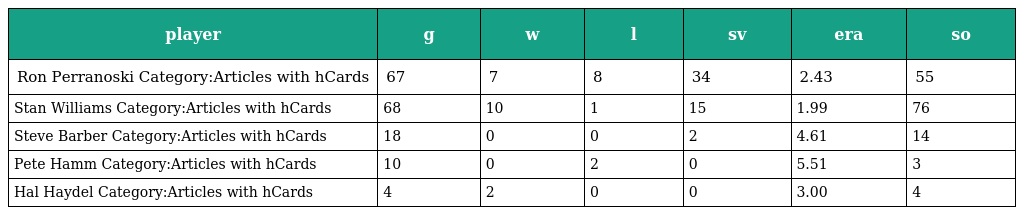
| player | g | w | l | sv | era | so |
 | --- | --- | --- | --- | --- | --- | --- |
 | Ron Perranoski Category:Articles with hCards | 67 | 7 | 8 | 34 | 2.43 | 55 |
 | Stan Williams Category:Articles with hCards | 68 | 10 | 1 | 15 | 1.99 | 76 |
 | Steve Barber Category:Articles with hCards | 18 | 0 | 0 | 2 | 4.61 | 14 |
 | Pete Hamm Category:Articles with hCards | 10 | 0 | 2 | 0 | 5.51 | 3 |
 | Hal Haydel Category:Articles with hCards | 4 | 2 | 0 | 0 | 3.00 | 4 |